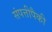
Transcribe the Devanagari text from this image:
संपत्तीपैकी